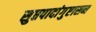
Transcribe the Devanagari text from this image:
सुप्तपादांगुष्टासन